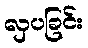
လှပခြင်း